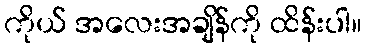
ကိုယ် အလေးအချိန်ကို ထိန်းပါ။